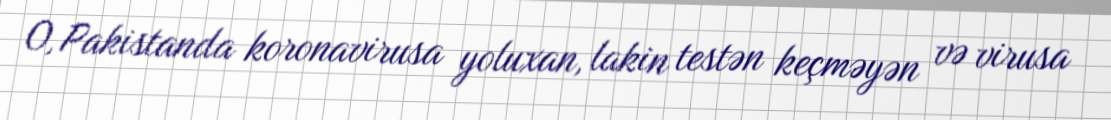
O, Pakistanda koronavirusa yoluxan, lakin testən keçməyən və virusa